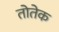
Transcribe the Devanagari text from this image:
तोतेक